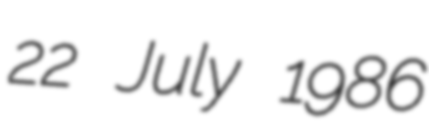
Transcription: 22 July 1986